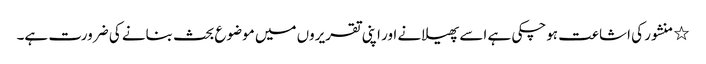
٭	منشور کی اشاعت ہوچکی ہے اسے پھیلانے اور اپنی تقریروں میں موضوع بحث بنانے کی ضرورت ہے۔